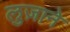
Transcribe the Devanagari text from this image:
लुज़ाने